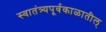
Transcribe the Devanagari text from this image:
स्वातंत्र्यपूर्वकाळातील्